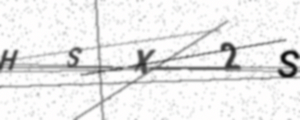
Text: HSX2S